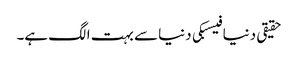
حقیقی دنیا فیسبکی دنیا سے بہت الگ ہے۔